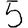
Digit: 5